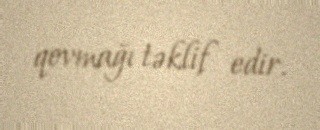
qovmağı təklif edir.